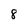
Character: 8